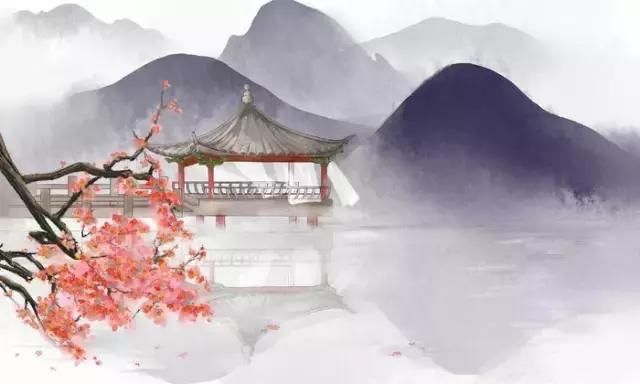
独自下层楼，楼下蛩声怨。